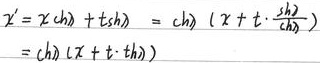
\[\begin{align*}x^{\prime}&=x\text{ch}\lambda + t\text{sh}\lambda\\&=\text{ch}\lambda\left(x + t\cdot\frac{\text{sh}\lambda}{\text{ch}\lambda}\right)\\&=\text{ch}\lambda(x + t\cdot\text{th}\lambda)\end{align*}\]